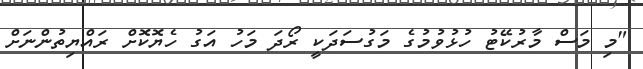
"މި މަސް މާރުކޭޓު ހުޅުވުމުގެ މަގުސަދަކީ ރޯދަ މަހު އަގު ހެޔޮކޮށް ރައްޔިތުންނަށް